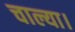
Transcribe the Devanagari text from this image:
चाल्या।